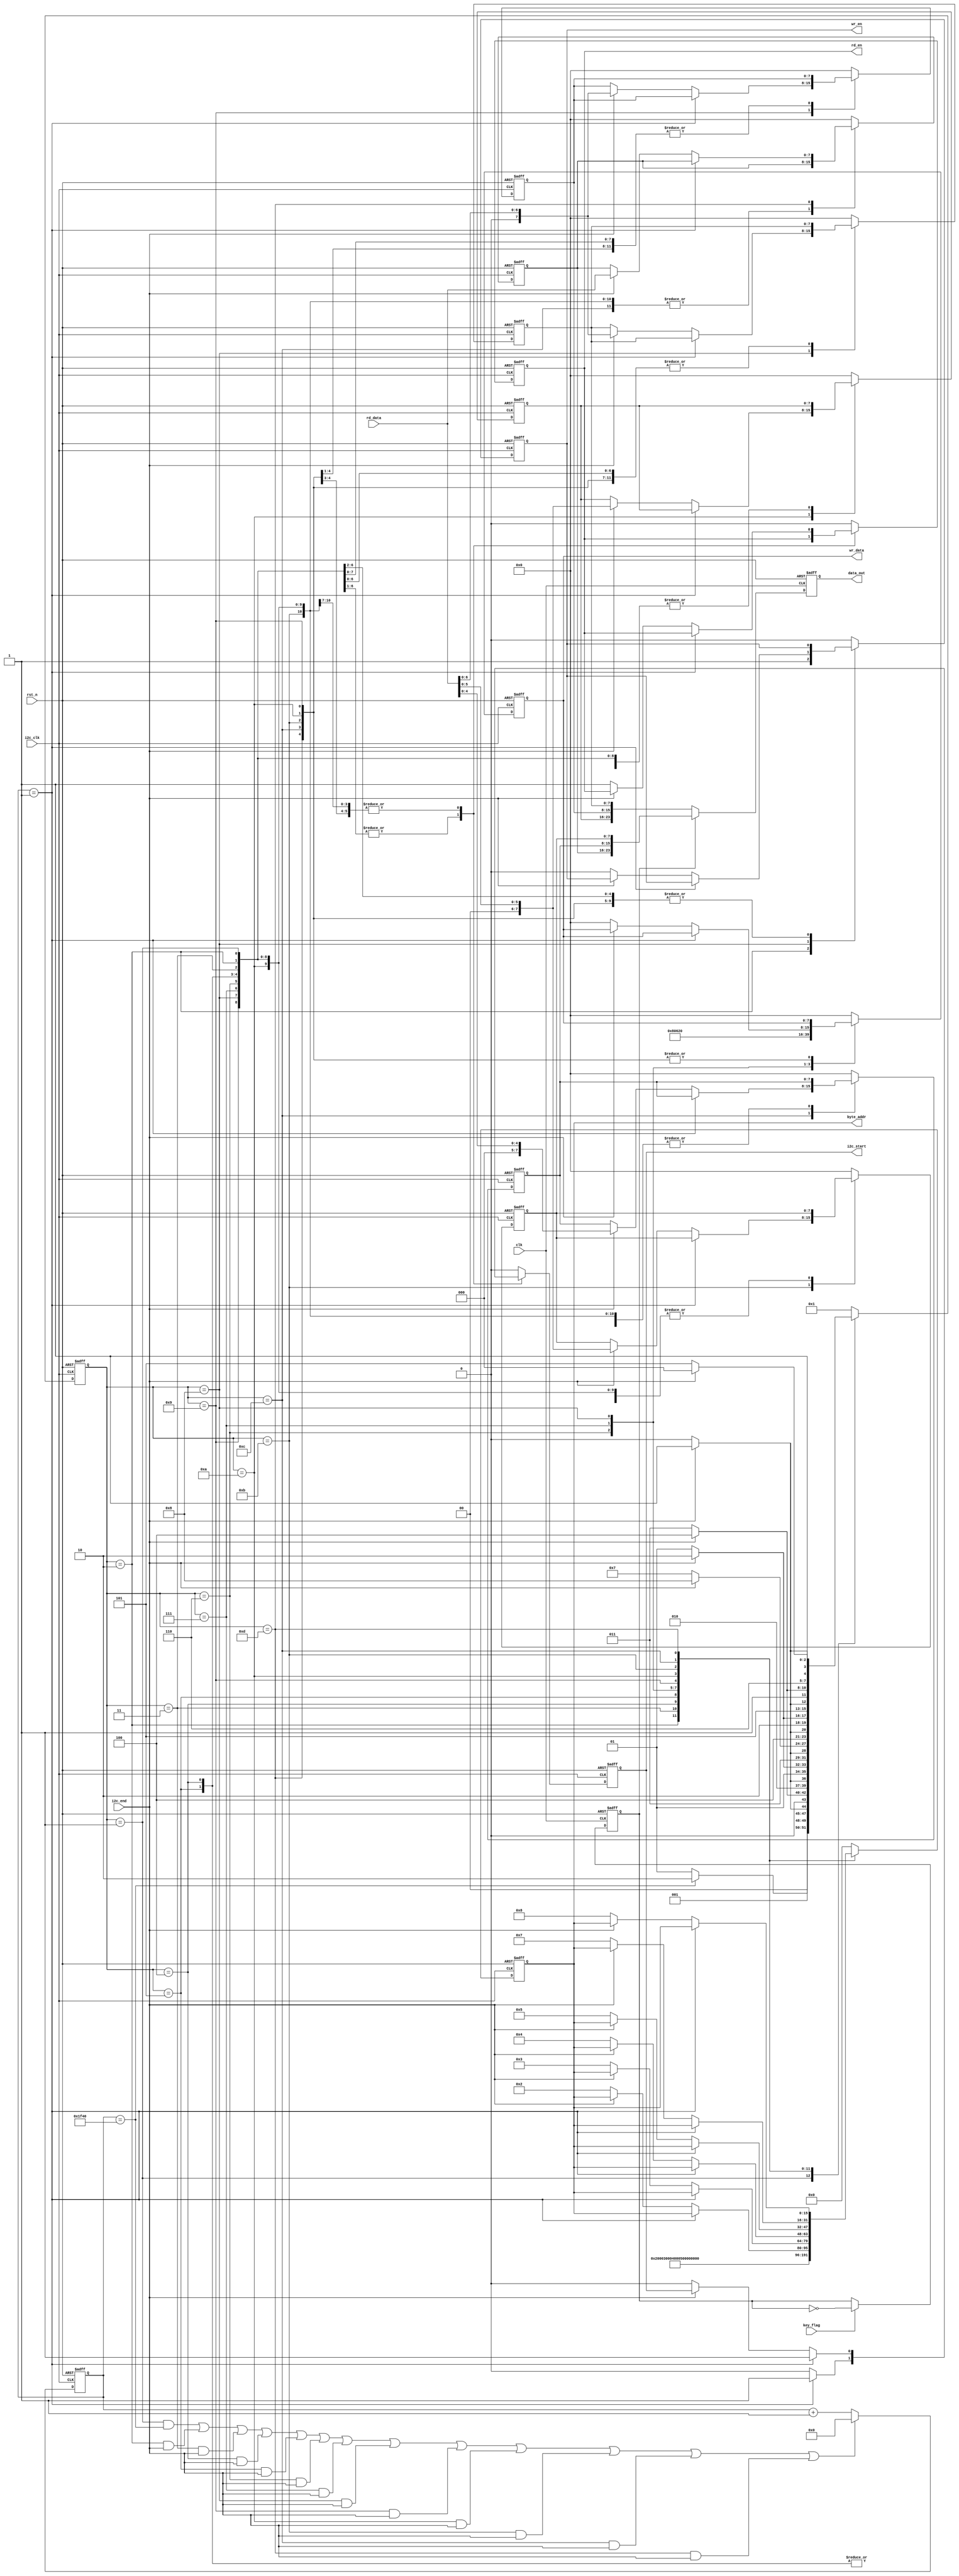
`timescale 1ns / 1ps

module rtc_ctrl #(
    parameter TIME_INIT = 48'h20_06_08_08_00_00
) (
    input             clk,
    input             rst_n,
    input             i2c_clk,
    input             i2c_end,
    input      [ 7:0] rd_data,
    input             key_flag,
    output reg        wr_en,
    output reg        rd_en,
    output reg        i2c_start,
    output reg [15:0] byte_addr,
    output reg [ 7:0] wr_data,
    output reg [23:0] data_out
);

  localparam S_WAIT = 4'd1;
  localparam INIT_SEC = 4'd2;
  localparam INIT_MIN = 4'd3;
  localparam INIT_HOUR = 4'd4;
  localparam INIT_DAY = 4'd5;
  localparam INIT_MON = 4'd6;
  localparam INIT_YEAR = 4'd7;
  localparam RD_SEC = 4'd8;
  localparam RD_MIN = 4'd9;
  localparam RD_HOUR = 4'd10;
  localparam RD_DAY = 4'd11;
  localparam RD_MON = 4'd12;
  localparam RD_YEAR = 4'd13;
  localparam CNT_WAIT_8MS = 8000;

  reg [ 7:0] year;
  reg [ 7:0] month;
  reg [ 7:0] day;
  (* MARK_DEBUG = "TRUE" *)reg [ 7:0] hour;
  (* MARK_DEBUG = "TRUE" *)reg [ 7:0] minute;
  (* MARK_DEBUG = "TRUE" *)reg [ 7:0] second;
  reg        data_flag;
  (* MARK_DEBUG = "TRUE" *)reg [ 3:0] state;
  (* MARK_DEBUG = "TRUE" *)reg [12:0] cnt_wait;

  always @(posedge clk or negedge rst_n) begin
    if (!rst_n) data_flag <= 1'b0;
    else if (key_flag == 1'b1) data_flag <= ~data_flag;
    else data_flag <= data_flag;
  end

  always @(posedge clk or negedge rst_n) begin
    if (!rst_n) data_out <= 24'd0;
    else if (data_flag == 1'b0) data_out <= {hour, minute, second};
    else data_out <= {year, month, day};
  end

  always @(posedge i2c_clk or negedge rst_n) begin
    if (!rst_n) cnt_wait <= 13'd0;
    else    if((state==S_WAIT && cnt_wait==CNT_WAIT_8MS) || 
              (state==INIT_SEC && i2c_end==1'b1) || (state==INIT_MIN 
              && i2c_end==1'b1) || (state==INIT_HOUR && i2c_end==1'b1)
              || (state==INIT_DAY && i2c_end==1'b1) || (state==INIT_MON
              && i2c_end == 1'b1) || (state==INIT_YEAR && i2c_end==1'b1)
              || (state==RD_SEC && i2c_end==1'b1) || (state==RD_MIN && 
              i2c_end==1'b1) || (state==RD_HOUR && i2c_end==1'b1) || 
              (state==RD_DAY && i2c_end==1'b1) || (state==RD_MON && 
              i2c_end==1'b1) || (state==RD_YEAR && i2c_end==1'b1))
      cnt_wait <= 13'd0;
    else cnt_wait <= cnt_wait + 1'b1;
  end

  always @(posedge i2c_clk or negedge rst_n) begin
    if (!rst_n) state <= S_WAIT;
    else
      case (state)
        S_WAIT:
        if (cnt_wait == CNT_WAIT_8MS) state <= INIT_SEC;
        else state <= S_WAIT;

        INIT_SEC:
        if (i2c_end == 1'b1) state <= INIT_MIN;
        else state <= INIT_SEC;

        INIT_MIN:
        if (i2c_end == 1'b1) state <= INIT_HOUR;
        else state <= INIT_MIN;

        INIT_HOUR:
        if (i2c_end == 1'b1) state <= INIT_DAY;
        else state <= INIT_HOUR;

        INIT_DAY:
        if (i2c_end == 1'b1) state <= INIT_MON;
        else state <= INIT_DAY;

        INIT_MON:
        if (i2c_end == 1'b1) state <= INIT_YEAR;
        else state <= INIT_MON;

        INIT_YEAR:
        if (i2c_end == 1) state <= RD_SEC;
        else state <= INIT_YEAR;

        RD_SEC:
        if (i2c_end == 1'b1) state <= RD_MIN;
        else state <= RD_SEC;

        RD_MIN:
        if (i2c_end == 1'b1) state <= RD_HOUR;
        else state <= RD_MIN;

        RD_HOUR:
        if (i2c_end == 1'b1) state <= RD_DAY;
        else state <= RD_HOUR;

        RD_DAY:
        if (i2c_end == 1'b1) state <= RD_MON;
        else state <= RD_DAY;

        RD_MON:
        if (i2c_end == 1'b1) state <= RD_YEAR;
        else state <= RD_MON;

        RD_YEAR: begin
          if (i2c_end == 1'b1) state <= RD_SEC;
          else state <= RD_YEAR;
        end
        default: state <= S_WAIT;
      endcase
  end

  always @(posedge i2c_clk or negedge rst_n) begin
    if (rst_n == 1'b0) begin
      wr_en     <= 1'b0;
      rd_en     <= 1'b0;
      i2c_start <= 1'b0;
      byte_addr <= 16'd0;
      wr_data   <= 8'd0;
      year      <= 8'd0;
      month     <= 8'd0;
      day       <= 8'd0;
      hour      <= 8'd0;
      minute    <= 8'd0;
      second    <= 8'd0;
    end else
      case (state)
        S_WAIT: begin
          wr_en     <= 1'b0;
          rd_en     <= 1'b0;
          i2c_start <= 1'b0;
          byte_addr <= 16'h0;
          wr_data   <= 8'h00;
        end
        INIT_SEC:
        if (cnt_wait == 13'd1) begin
          wr_en     <= 1'b1;
          i2c_start <= 1'b1;
          byte_addr <= 16'h02;
          wr_data   <= TIME_INIT[7:0];
        end else begin
          wr_en     <= 1'b1;
          i2c_start <= 1'b0;
          byte_addr <= 16'h02;
          wr_data   <= TIME_INIT[7:0];
        end
        INIT_MIN:
        if (cnt_wait == 13'd1) begin
          i2c_start <= 1'b1;
          byte_addr <= 16'h03;
          wr_data   <= TIME_INIT[15:8];
        end else begin
          i2c_start <= 1'b0;
          byte_addr <= 16'h03;
          wr_data   <= TIME_INIT[15:8];
        end
        INIT_HOUR:
        if (cnt_wait == 13'd1) begin
          i2c_start <= 1'b1;
          byte_addr <= 16'h04;
          wr_data   <= TIME_INIT[23:16];
        end else begin
          i2c_start <= 1'b0;
          byte_addr <= 16'h04;
          wr_data   <= TIME_INIT[23:16];
        end
        INIT_DAY:
        if (cnt_wait == 13'd1) begin
          i2c_start <= 1'b1;
          byte_addr <= 16'h05;
          wr_data   <= TIME_INIT[31:24];
        end else begin
          i2c_start <= 1'b0;
          byte_addr <= 16'h05;
          wr_data   <= TIME_INIT[31:24];
        end
        INIT_MON:
        if (cnt_wait == 13'd1) begin
          i2c_start <= 1'b1;
          byte_addr <= 16'h07;
          wr_data   <= TIME_INIT[39:32];
        end else begin
          i2c_start <= 1'b0;
          byte_addr <= 16'h07;
          wr_data   <= TIME_INIT[39:32];
        end
        INIT_YEAR:
        if (cnt_wait == 13'd1) begin
          i2c_start <= 1'b1;
          byte_addr <= 16'h08;
          wr_data   <= TIME_INIT[47:40];
        end else begin
          i2c_start <= 1'b0;
          byte_addr <= 16'h08;
          wr_data   <= TIME_INIT[47:40];
        end
        RD_SEC:
        if (cnt_wait == 13'd1) i2c_start <= 1'b1;
        else if (i2c_end == 1'b1) second <= rd_data[6:0];
        else begin
          wr_en     <= 1'b0;
          rd_en     <= 1'b1;
          i2c_start <= 1'b0;
          byte_addr <= 16'h02;
          wr_data   <= 8'd0;
        end
        RD_MIN:
        if (cnt_wait == 13'd1) i2c_start <= 1'b1;
        else if (i2c_end == 1'b1) minute <= rd_data[6:0];
        else begin
          rd_en     <= 1'b1;
          i2c_start <= 1'b0;
          byte_addr <= 16'h03;
        end
        RD_HOUR:
        if (cnt_wait == 13'd1) i2c_start <= 1'b1;
        else if (i2c_end == 1'b1) hour <= rd_data[5:0];
        else begin
          rd_en     <= 1'b1;
          i2c_start <= 1'b0;
          byte_addr <= 16'h04;
        end
        RD_DAY:
        if (cnt_wait == 13'd1) i2c_start <= 1'b1;
        else if (i2c_end == 1'b1) day <= rd_data[5:0];
        else begin
          rd_en     <= 1'b1;
          i2c_start <= 1'b0;
          byte_addr <= 16'h05;
        end
        RD_MON:
        if (cnt_wait == 13'd1) i2c_start <= 1'b1;
        else if (i2c_end == 1'b1) month <= rd_data[4:0];
        else begin
          rd_en     <= 1'b1;
          i2c_start <= 1'b0;
          byte_addr <= 16'h07;
        end
        RD_YEAR:
        if (cnt_wait == 13'd1) i2c_start <= 1'b1;
        else if (i2c_end == 1'b1) year <= rd_data[7:0];
        else begin
          rd_en     <= 1'b1;
          i2c_start <= 1'b0;
          byte_addr <= 16'h08;
        end
        default: begin
          wr_en     <= 1'b0;
          rd_en     <= 1'b0;
          i2c_start <= 1'b0;
          byte_addr <= 16'd0;
          wr_data   <= 8'd0;
          year      <= 8'd0;
          month     <= 8'd0;
          day       <= 8'd0;
          hour      <= 8'd0;
          minute    <= 8'd0;
          second    <= 8'd0;
        end
      endcase
  end
endmodule